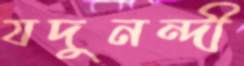
যদুনন্দী